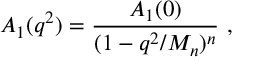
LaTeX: A _ { 1 } ( q ^ { 2 } ) = \frac { A _ { 1 } ( 0 ) } { ( 1 - q ^ { 2 } / M _ { n } ) ^ { n } } \ ,